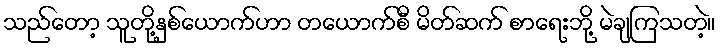
သည်တော့ သူတို့နှစ်ယောက်ဟာ တယောက်စီ မိတ်ဆက် စာရေးဘို့ မဲချကြသတဲ့။